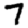
Digit: 7